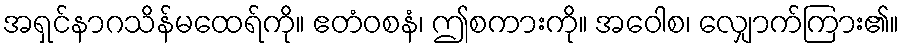
အရှင်နာဂသိန်မထေရ်ကို။ ဧတံဝစနံ၊ ဤစကားကို။ အဝေါစ၊ လျှောက်ကြား၏။